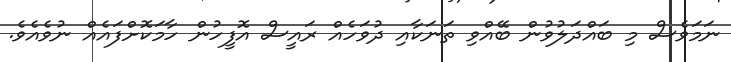
ނަމަވެސް މި ބައްދަލުވުން ބޭއްވި ތަނަކާއި ދުވަހެއް ރައީސް އޮފީހުން ހާމަކޮށްފައެއް ނުވެއެވެ.